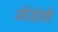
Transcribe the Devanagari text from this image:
ओंडोशी